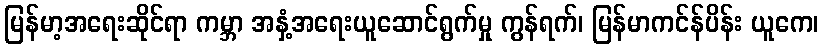
မြန်မာ့အရေးဆိုင်ရာ ကမ္ဘာ အနှံ့အရေးယူဆောင်ရွက်မှု ကွန်ရက်၊ မြန်မာကင်န်ပိန်း ယူကေ၊